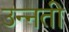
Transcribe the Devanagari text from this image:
उन्‍नती